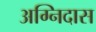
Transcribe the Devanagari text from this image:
अग्निदास